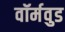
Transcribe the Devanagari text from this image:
वॉर्मवुड